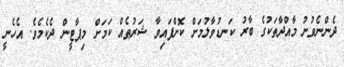
ދެންނެވުނު މާއްދާތަކުގެ ބާރު ކަނޑުވާލުމަށް ކޮށްފައިވާ ޝަރުޠެއް ކަމަށް މިޕާޓީން ދެކެމެވެ. އެހެނީ